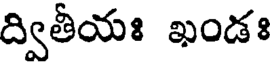
ద్వితీయః ఖండః